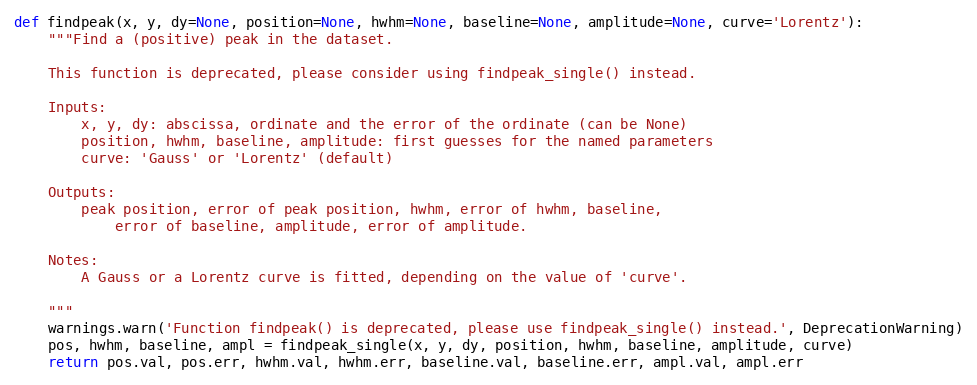
Language: Python
def findpeak(x, y, dy=None, position=None, hwhm=None, baseline=None, amplitude=None, curve='Lorentz'):
    """Find a (positive) peak in the dataset.

    This function is deprecated, please consider using findpeak_single() instead.

    Inputs:
        x, y, dy: abscissa, ordinate and the error of the ordinate (can be None)
        position, hwhm, baseline, amplitude: first guesses for the named parameters
        curve: 'Gauss' or 'Lorentz' (default)

    Outputs:
        peak position, error of peak position, hwhm, error of hwhm, baseline,
            error of baseline, amplitude, error of amplitude.

    Notes:
        A Gauss or a Lorentz curve is fitted, depending on the value of 'curve'.

    """
    warnings.warn('Function findpeak() is deprecated, please use findpeak_single() instead.', DeprecationWarning)
    pos, hwhm, baseline, ampl = findpeak_single(x, y, dy, position, hwhm, baseline, amplitude, curve)
    return pos.val, pos.err, hwhm.val, hwhm.err, baseline.val, baseline.err, ampl.val, ampl.err